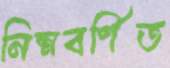
নিম্নবর্ণিত